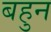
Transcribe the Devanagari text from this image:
बहुन